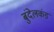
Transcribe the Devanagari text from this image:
बुंदेलकंड